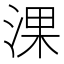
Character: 淉